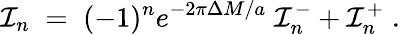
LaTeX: {\cal I}_{n}\; =\; (-1)^{n}e^{-2\pi\Delta M/a}\; {\cal I}_{n}^{-}+{\cal I}_{n}^{+}\; .